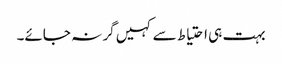
بہت ہی احتیاط سے کہیں گر نہ جائے۔